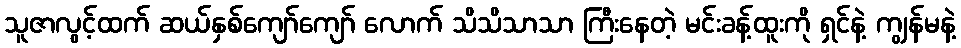
သူဇာလွင့်ထက် ဆယ်နှစ်ကျော်ကျော် လောက် သိသိသာသာ ကြီးနေတဲ့ မင်းခန့်ထူးကို ရှင်နဲ့ ကျွန်မနဲ့